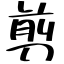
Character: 剪